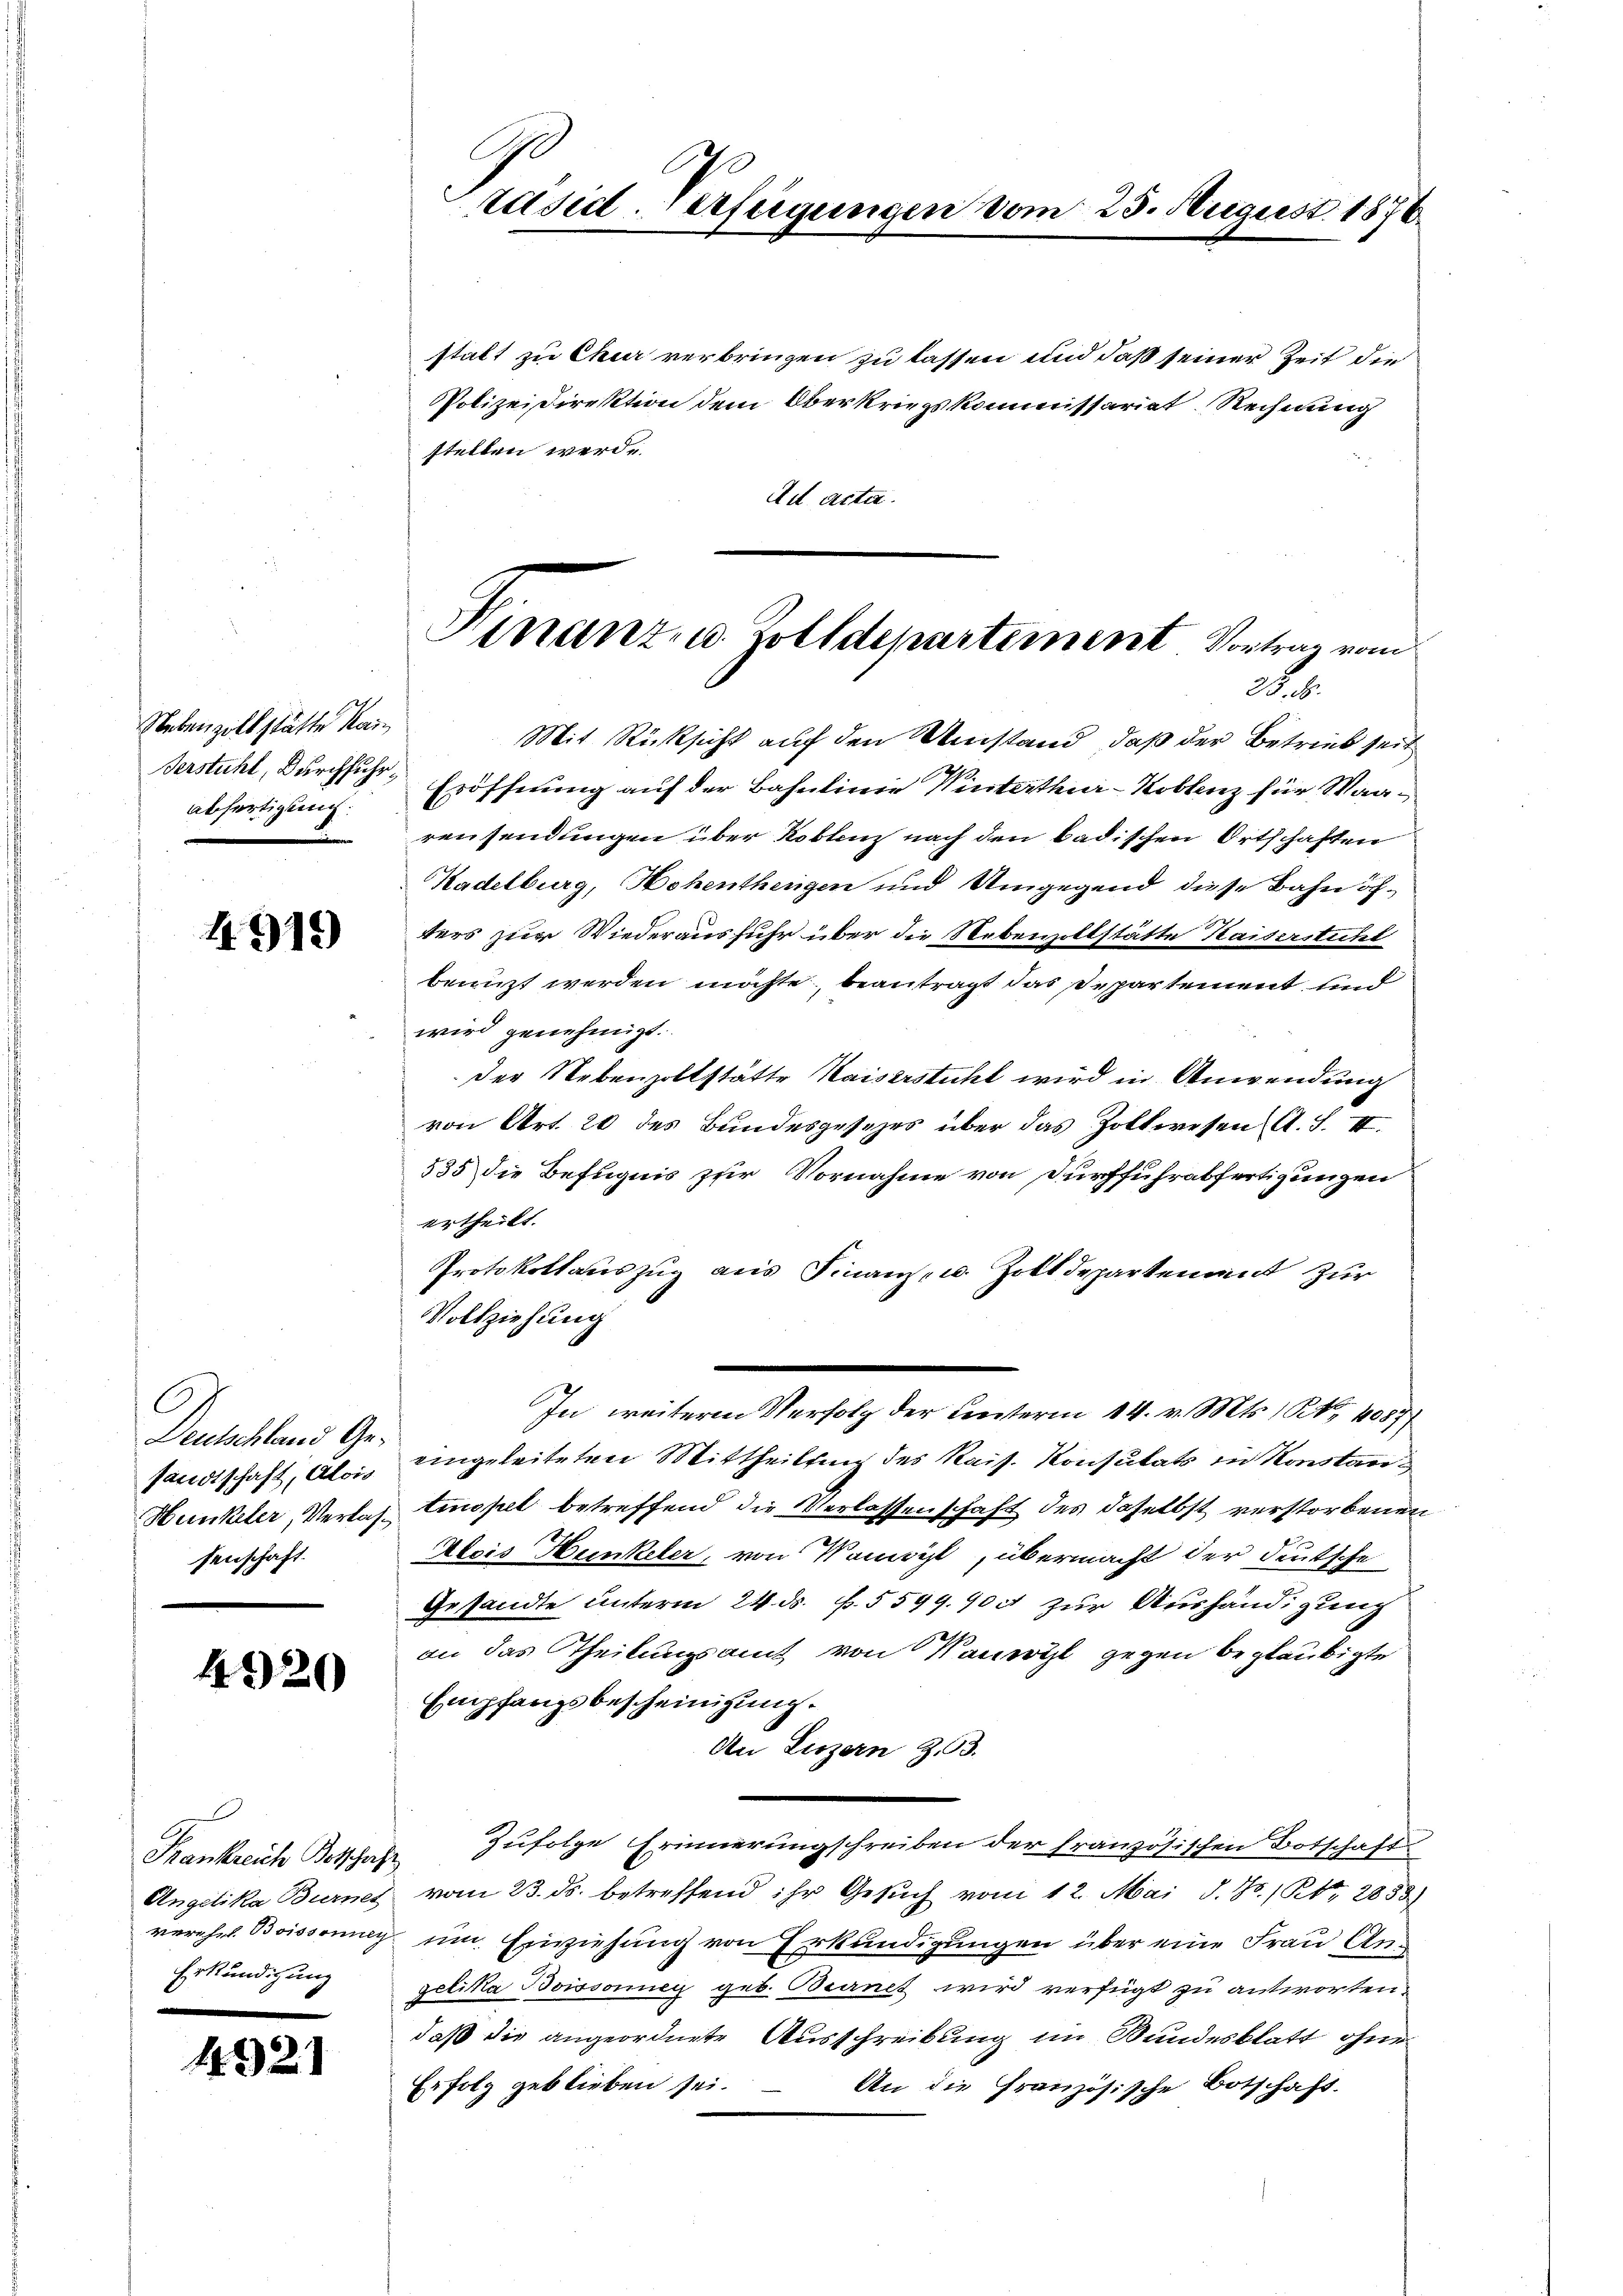
Nebenzollstätte kain
Abfertigung.

1319)

Deutschland Gesandtschaft, Alois
Hunkeler, Verlassenschaft.

4320

1
Angelika Burnes
Erkundigung

495

21

60
räsid. Verfügungen vom 23. August 1876

stalt zu Chur verbringen zu lassen und daß seiner Zeit die
Polizeidirektion dem Oberkriegskommissariat Rechnung
stellen werde.
Ad acta.
Mit Rücksicht auf den Umstand, daß der Betrieb seit
ßerstuhl, Durchsich Eröffnung auf der Bahnlinie Winterthur–Koblenz für Waarensendungen über Koblenz nach den badischen Ortschaften
Kadelburg, Hohenthengen und Umgegend diese Bahn öchders zur Wiederausfuhr über die Nebenzoltstätte Kaiserstuhl
benuzt werden möchte, beantragt das Departement und
wird genehmigt.
der Nebenzollstätte Kaiserstuhl wird in Anwendung
von Art. 20 des Bundesgesezes über das Zollwesen A. S. II.
535 die Befugnis zur Vornahme von Dürffuhrabfertigungen
ertheilt.
Protokollauszug aus Finanz- u. Zolldepartenant zur
Vollziehung
.
In weiteren Verfolg der Unterm 14. v. Mts., S. 1087
eingeleiteten Mittheilung des Kais. Konsulats in Konstage
tinopel betreffend die Verlassenschaft des daselbst verstorbenen
Alois Hunkeler, von Konsist, übermacht der deutsche
Gesandte unterm 24. ds. f. 5599. 904 zur Aushändigung
an das Theilungsamt von Kanwyl gegen beglaubigte
Empfangsbescheinigung.
An Luzern 33.
Frankreich Botschaft zufolge Erinnerungschreiben der französischen Botschaft
vom 23. ds. betreffend ihr Gesuch vom 12. Mai d. Js. / Rt. 2838)
verehel. Boissonnig um Einziehung von Erkundigungen über eine Frau Angelika Boissonnen geb. Beinet wird verfügt zu antworten.
daß die angeordnete Ausschreibung im Bundesblatt ohne
Erfolg geblieben sei.
An die Französische Botschaft.

Hinanz- u. Zolldepartement Vortrag vom
2.8.